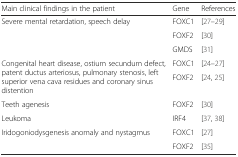
<table><thead><tr><td><b>Main clinical findings in the patient</b></td><td><b>Gene</b></td><td><b>References</b></td></tr></thead><tbody><tr><td rowspan="3">Severe mental retardation, speech delay</td><td>FOXC1</td><td>[27–29]</td></tr><tr><td>FOXF2</td><td>[30]</td></tr><tr><td>GMDS</td><td>[31]</td></tr><tr><td rowspan="2">Congenital heart disease, ostium secundum defect, patent ductus arteriosus, pulmonary stenosis, left superior vena cava residues and coronary sinus distention</td><td>FOXC1</td><td>[24–27]</td></tr><tr><td>FOXF2</td><td>[24, 25]</td></tr><tr><td>Teeth agenesis</td><td>FOXF2</td><td>[30]</td></tr><tr><td>Leukoma</td><td>IRF4</td><td>[37, 38]</td></tr><tr><td rowspan="2">Iridogoniodysgenesis anomaly and nystagmus</td><td>FOXC1</td><td>[27]</td></tr><tr><td>FOXF2</td><td>[35]</td></tr></tbody></table>